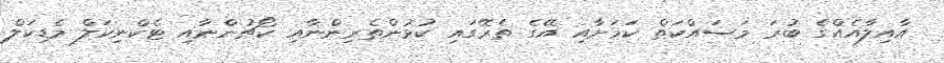
އާއިލާއެއްގެ ބުރަ މަސައްކަތް ކަމަށާއި އޭގެ ތެރޭގައި ކުޅުންތެރިންނާއި ކޯޗުންނާއި ޓެކްނިކަލް މެޑިކަލް